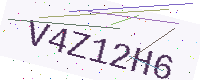
Text: V4Z12H6